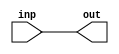
/****************************************************************
 ---------------------------------------------------------------
     Copyright 1999 Sun Microsystems, Inc., 901 San Antonio
     Road, Palo Alto, CA 94303, U.S.A.  All Rights Reserved.
     The contents of this file are subject to the current
     version of the Sun Community Source License, picoJava-II
     Core ("the License").  You may not use this file except
     in compliance with the License.  You may obtain a copy
     of the License by searching for "Sun Community Source
     License" on the World Wide Web at http://www.sun.com.
     See the License for the rights, obligations, and
     limitations governing use of the contents of this file.

     Sun, Sun Microsystems, the Sun logo, and all Sun-based
     trademarks and logos, Java, picoJava, and all Java-based
     trademarks and logos are trademarks or registered trademarks 
     of Sun Microsystems, Inc. in the United States and other
     countries.
 ----------------------------------------------------------------
******************************************************************/


module del1_1 (inp, out);

input         inp;
output        out;

  assign out = inp;

endmodule

module del1_16 (inp, out);

input  [15:0] inp;
output [15:0] out;

wire   [15:0] out;

  assign out = inp[15:0];

endmodule

module del1_32 (inp, out);

input  [31:0] inp;
output [31:0] out;

wire   [31:0] out;

  assign out = inp[31:0];

endmodule

// --------- invertor         1 bit  wide --------------------------
module inv_b_1 (inp, out_l);
 
input         inp;           
output        out_l;
 
  assign out_l = ~inp;
 
endmodule  

// --------- invertor       1 bit  wide --------------------------
module inv_d_1 (inp, out_l);
 
input         inp;           
output        out_l;
 
  assign out_l = ~inp;
 
endmodule  

// --------- invertor       1 bit  wide --------------------------
module inv_e_1 (inp, out_l);

input         inp;
output        out_l;

  assign out_l = ~inp;

endmodule

// --------- invertor       32 bits wide --------------------------
module inv_a_32 (inp, out_l);

input  [31:0] inp;
output [31:0] out_l;

wire   [31:0] out_l;

  assign out_l = ~inp[31:0];

endmodule

// --------- invertor     32 bits wide --------------------------
module inv_b_32 (inp, out_l);

input  [31:0] inp; 
output [31:0] out_l;

wire   [31:0] out_l;

  assign out_l = ~inp[31:0];

endmodule

// --------- invertor       32 bits wide --------------------------
module inv_c_32 (inp, out_l);
 
input  [31:0] inp;
output [31:0] out_l;
 
wire   [31:0] out_l;
 
  assign out_l = ~inp[31:0];
 
endmodule

// --------- invertor     32 bits wide --------------------------
module inv_d_32 (inp, out_l);
 
input  [31:0] inp;
output [31:0] out_l;
 
wire   [31:0] out_l;
 
  assign out_l = ~inp[31:0];
 
endmodule

// --------- invertor   32 bits wide --------------------------
module inv_e_32 (inp, out_l);
 
input  [31:0] inp;
output [31:0] out_l;
 
wire   [31:0] out_l;
 
  assign out_l = ~inp[31:0];
 
endmodule

// --------- invertor       32 bits wide --------------------------
module inv_f_32 (inp, out_l);
 
input  [31:0] inp;
output [31:0] out_l;
 
wire   [31:0] out_l;
 
  assign out_l = ~inp[31:0];
 
endmodule

// --------- buffer   32 bits wide --------------------------
module buf_cf_32 (inp, out);   
 
input  [31:0] inp;
output [31:0] out;
 
wire   [31:0] out; 
 
  assign out = inp[31:0];
 
endmodule

// --------- mux3,                    1 bit  wide --------------------------
module mx3_1 (inp, sel, out);

input   [2:0]  inp;
input   [1:0]  sel;
output         out;

reg            out;

  always @(inp or sel)
    case (sel)
      2'b00: out = inp[0];
      2'b01: out = inp[0];
      2'b10: out = inp[1];
      2'b11: out = inp[2];
// remove for coverage:      default: out = inp[0];
    endcase

endmodule

// --------- mux3,                    9 bit  wide --------------------------
module mx3_9 (inp1, inp2, inp3, sel, out);
 
input   [8:0]  inp1;
input   [8:0]  inp2;
input   [8:0]  inp3;
input   [1:0]  sel;
output  [8:0]  out;
 
wire    [8:0]  out;
 
mx3_1 U00 (.inp({inp3[0], inp2[0], inp1[0] }),.sel(sel),.out(out[0]));
mx3_1 U01 (.inp({inp3[1], inp2[1], inp1[1] }),.sel(sel),.out(out[1]));
mx3_1 U02 (.inp({inp3[2], inp2[2], inp1[2] }),.sel(sel),.out(out[2]));
mx3_1 U03 (.inp({inp3[3], inp2[3], inp1[3] }),.sel(sel),.out(out[3]));
mx3_1 U04 (.inp({inp3[4], inp2[4], inp1[4] }),.sel(sel),.out(out[4]));
mx3_1 U05 (.inp({inp3[5], inp2[5], inp1[5] }),.sel(sel),.out(out[5]));
mx3_1 U06 (.inp({inp3[6], inp2[6], inp1[6] }),.sel(sel),.out(out[6]));
mx3_1 U07 (.inp({inp3[7], inp2[7], inp1[7] }),.sel(sel),.out(out[7]));
mx3_1 U08 (.inp({inp3[8], inp2[8], inp1[8] }),.sel(sel),.out(out[8]));
 
endmodule

// --------- branch_bit for branch select --------------ucode_dec.v --------
module branch_bit (u_f18_6, u_f18_5, u_f08_rd_rs1_a, rs1_0_l, rs2_0_l,
                   bit1, bit0);
 
input          u_f18_6;
input          u_f18_5;
input          u_f08_rd_rs1_a;     // Field_08: Read_port_A of RS1
input          rs1_0_l;            // rs1[0], active low, from IU
input          rs2_0_l;            // rs2[0], active low, from IU
output         bit1;
output         bit0;
 
wire           a_oprd_0;
wire           check_handle2, check_handle, check_handle_p;
 
  assign a_oprd_0        = !(u_f08_rd_rs1_a ? rs1_0_l : rs2_0_l);
 
  assign check_handle2   = (!u_f18_6   &&  u_f18_5 );  // jump_2
  assign check_handle    = ( u_f18_6   && !u_f18_5 );  // jump_3, [0]=0
  assign check_handle_p  = ( u_f18_6   &&  u_f18_5 );  // jump_3, [0]=1
 
  assign bit1 = (check_handle   && !a_oprd_0) ||
                (check_handle_p &&  a_oprd_0) ||
                (check_handle2  &&  a_oprd_0);
 
  assign bit0 = (check_handle   && !a_oprd_0) ||
                (check_handle_p &&  a_oprd_0) ||
               !(check_handle2  &&  a_oprd_0);

endmodule